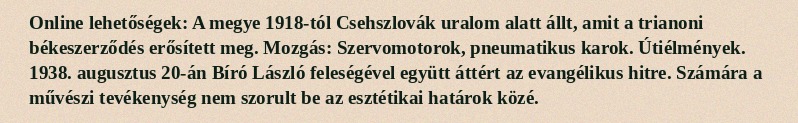
Online lehetőségek: A megye 1918-tól Csehszlovák uralom alatt állt, amit a trianoni békeszerződés erősített meg. Mozgás: Szervomotorok, pneumatikus karok. Útiélmények. 1938. augusztus 20-án Bíró László feleségével együtt áttért az evangélikus hitre. Számára a művészi tevékenység nem szorult be az esztétikai határok közé.